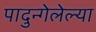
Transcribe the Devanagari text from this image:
पादुन्गेलेल्या